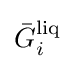
{\bar {G}}_{i}^{\text{liq}}